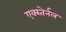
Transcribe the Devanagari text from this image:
एक्स्तेर्नल